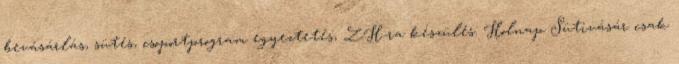
bevásárlás, sütés, csoportprogram egyeztetés, ZH-ra készülés. Holnap Sütivásár csak